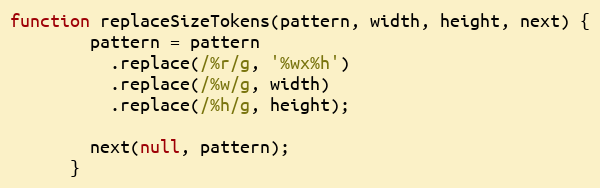
Language: JavaScript
function replaceSizeTokens(pattern, width, height, next) {
        pattern = pattern
          .replace(/%r/g, '%wx%h')
          .replace(/%w/g, width)
          .replace(/%h/g, height);

        next(null, pattern);
      }